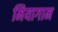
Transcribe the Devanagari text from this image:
मियागाम